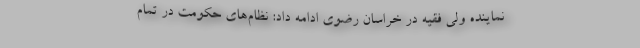
نماینده ولی فقیه در خراسان رضوی ادامه داد: نظام‌های حکومت در تمام